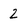
Character: 2